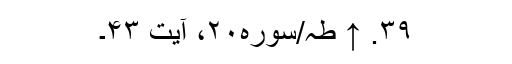
۳۹. ↑ طہ/سوره۲۰، آیت ۴۳۔